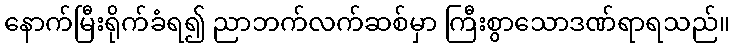
နောက်မြီးရိုက်ခံရ၍ ညာဘက်လက်ဆစ်မှာ ကြီးစွာသောဒဏ်ရာရသည်။